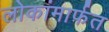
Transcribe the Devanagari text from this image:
लोकांमार्फत